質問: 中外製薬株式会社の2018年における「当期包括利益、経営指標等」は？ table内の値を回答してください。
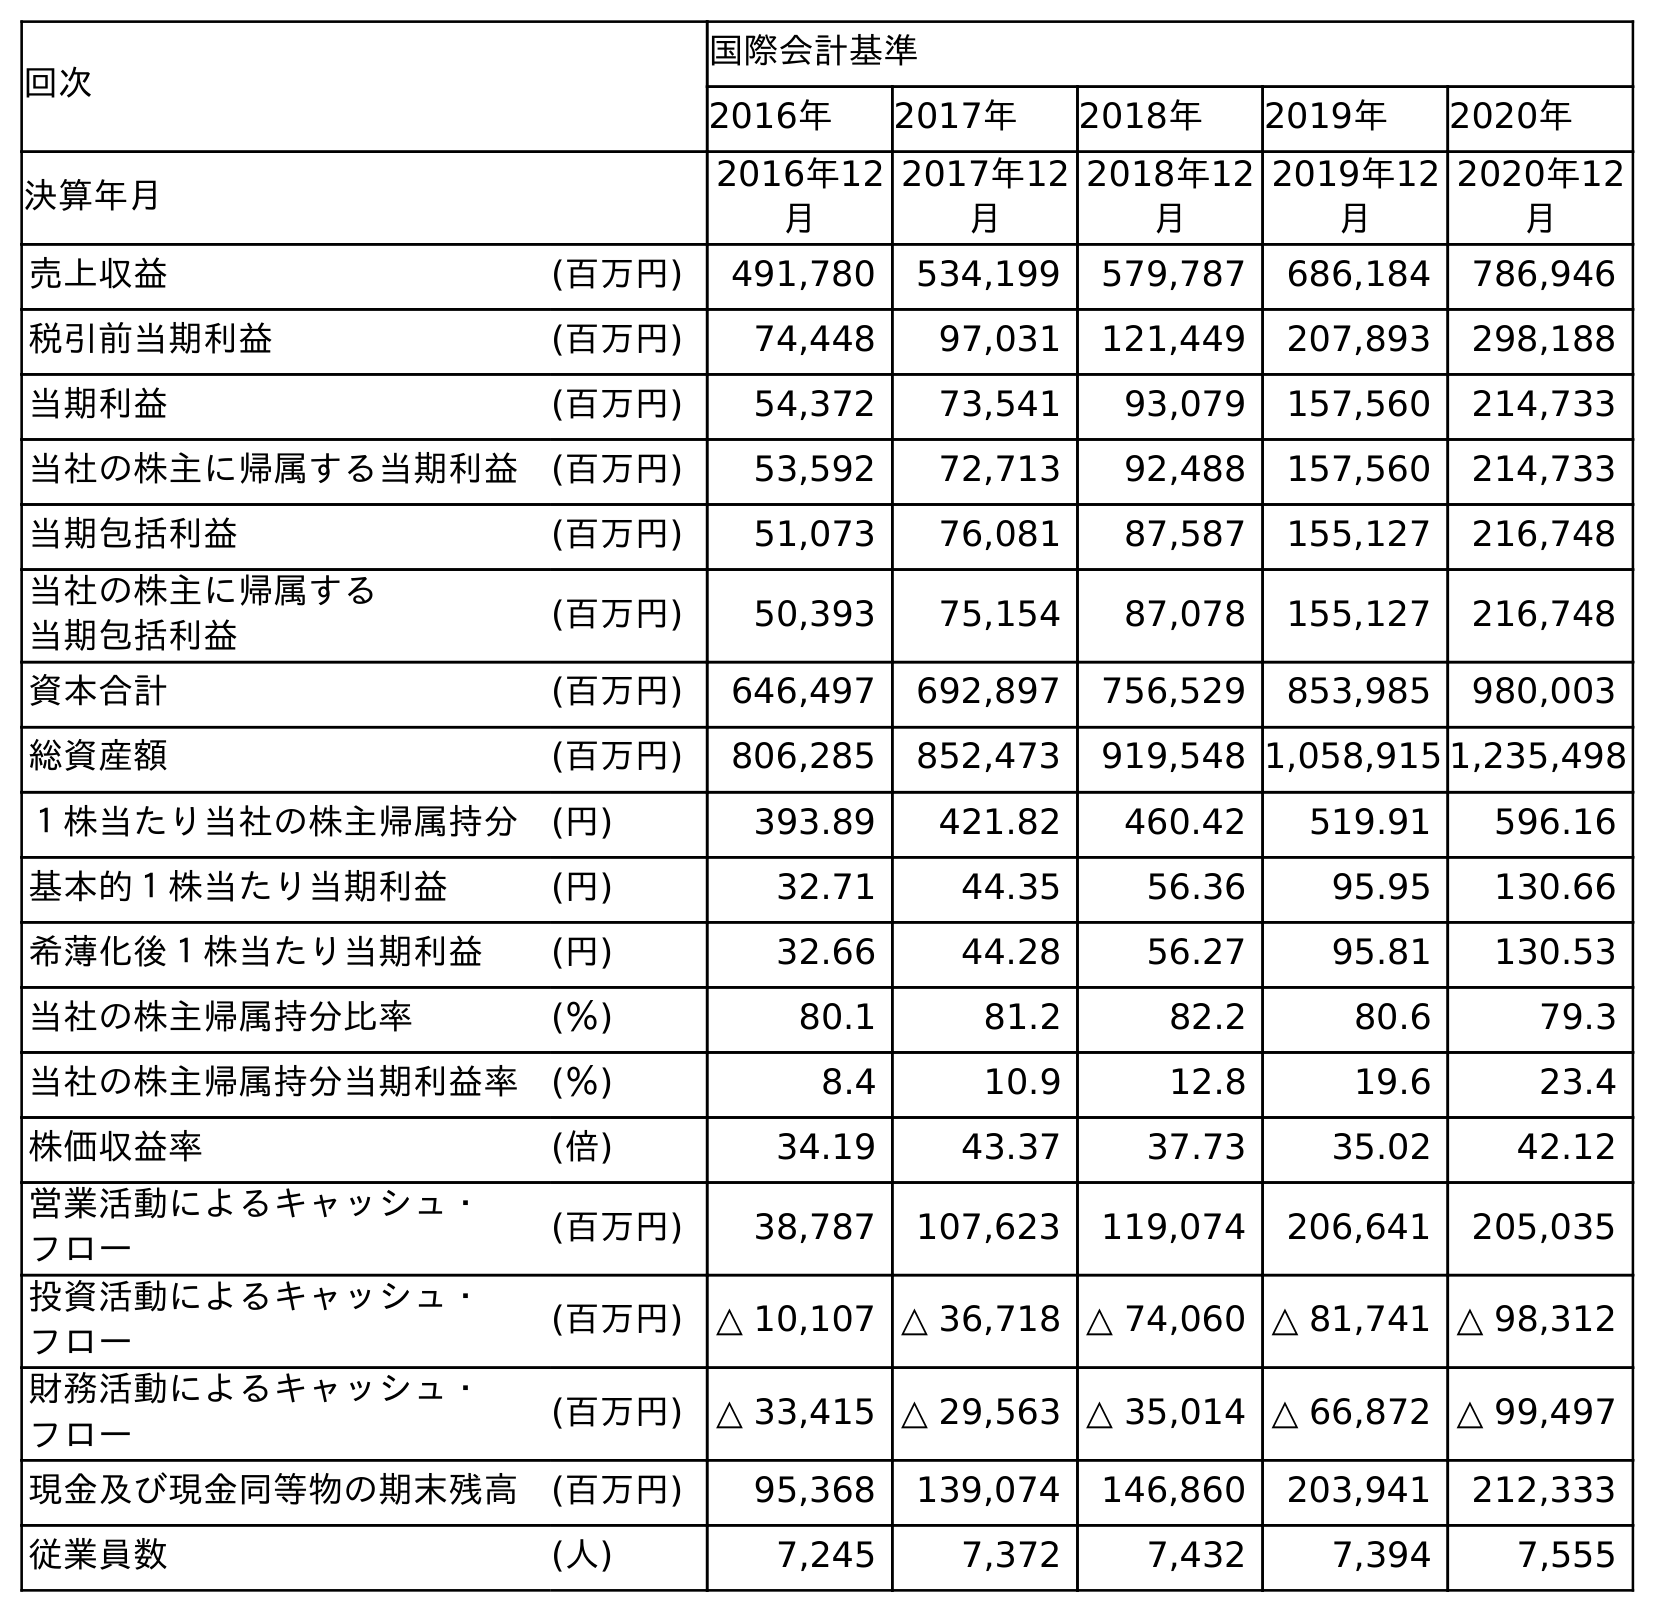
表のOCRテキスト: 回次 国際会計基準 2016年 2017年 2018年 2019年 2020年 決算年月 2016年12 月 2017年12 月 2018年12 月 2019年12 月 2020年12 月 売上収益 (百万円) 491,780 534,199 579,787 686,184 786,946 税引前当期利益 (百万円) 74,448 97,031 121,449 207,893 298,188 当期利益 (百万円) 54,372 73,541 93,079 157,560 214,733 当社の株主に帰属する当期利益 (百万円) 53,592 72,713 92,488 157,560 214,733 当期包括利益 (百万円) 51,073 76,081 87,587 155,127 216,748 当社の株主に帰属する 当期包括利益 (百万円) 50,393 75,154 87,078 155,127 216,748 資本合計 (百万円) 646,497 692,897 756,529 853,985 980,003 総資産額 (百万円) 806,285 852,473 919,548 1,058,915 1,235,498 １株当たり当社の株主帰属持分 (円) 393.89 421.82 460.42 519.91 596.16 基本的１株当たり当期利益 (円) 32.71 44.35 56.36 95.95 130.66 希薄化後１株当たり当期利益 (円) 32.66 44.28 56.27 95.81 130.53 当社の株主帰属持分比率 (％) 80.1 81.2 82.2 80.6 79.3 当社の株主帰属持分当期利益率 (％) 8.4 10.9 12.8 19.6 23.4 株価収益率 (倍) 34.19 43.37 37.73 35.02 42.12 営業活動によるキャッシュ・ フロー (百万円) 38,787 107,623 119,074 206,641 205,035 投資活動によるキャッシュ・ フロー (百万円) △ 10,107 △ 36,718 △ 74,060 △ 81,741 △ 98,312 財務活動によるキャッシュ・ フロー (百万円) △ 33,415 △ 29,563 △ 35,014 △ 66,872 △ 99,497 現金及び現金同等物の期末残高 (百万円) 95,368 139,074 146,860 203,941 212,333 従業員数 (人) 7,245 7,372 7,432 7,394 7,555
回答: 87,587